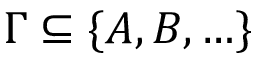
\Gamma \subseteq \{ A , B , \ldots \}